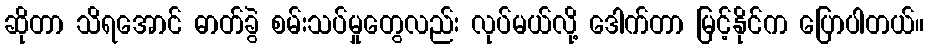
ဆိုတာ သိရအောင် ဓာတ်ခွဲ စမ်းသပ်မှုတွေလည်း လုပ်မယ်လို့ ဒေါက်တာ မြင့်နိုင်က ပြောပါတယ်။